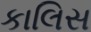
કાલિસ